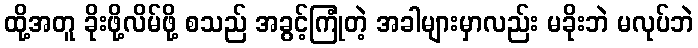
ထို့အတူ ခိုးဖို့လိမ်ဖို့ စသည် အခွင့်ကြုံတဲ့ အခါများမှာလည်း မခိုးဘဲ မလုပ်ဘဲ